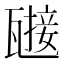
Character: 𤮌